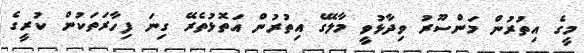
މީގެ އިތުރުން މަންސޫރު ވިދާޅުވީ މާލޭގެ އިތުރުން އަތޮޅުތެރޭ ގިނަ ފިހާރަތަކުން ކުރީގެ